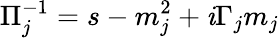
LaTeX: \Pi_{j}^{-1}=s-m_{j}^{2}+\mathit{i}\Gamma_{j}m_{j}